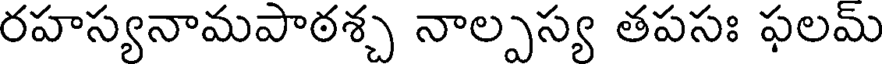
రహస్యనామపాఠశ్చ నాల్పస్య తపసః ఫలమ్